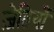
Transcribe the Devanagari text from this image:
ज़ेतियाँ